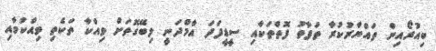
ބިއުރޯއިން ތައްޔާރުކުރާ ތަފާތު ފޮތްތަކާއި ސީޑީފަދަ އާމްދަނީ ލިބޭގޮތަށް ވިއްކާ ތަކެތި ވިއްކުމާއި